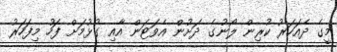
މީގެ ދެއަހަރު ކުރިން ލޯނުގެ ދަށުން އެވަޓަން އާއި ގުޅުމަށް ފަހު މިފަހަރު